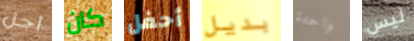
أجل كان أحفل بديل واحدة ليس